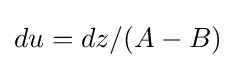
du=dz/(A-B)